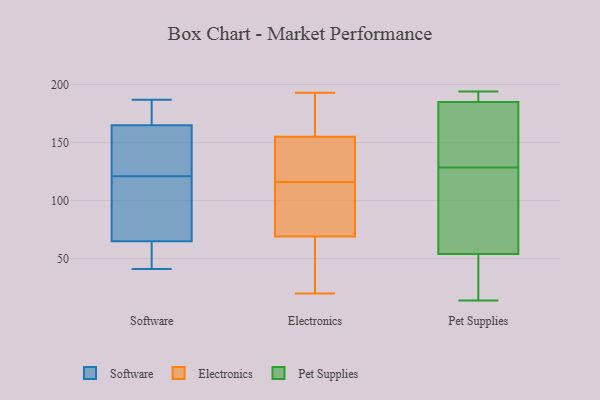
{"axis": {"x": "Satisfaction Score", "y": "Value"}, "legend": ["Electronics", "Pet Supplies", "Software"], "data": [{"x": "", "y": 175, "type": "Software"}, {"x": "", "y": 165, "type": "Software"}, {"x": "", "y": 134, "type": "Software"}, {"x": "", "y": 51, "type": "Software"}, {"x": "", "y": 136, "type": "Software"}, {"x": "", "y": 152, "type": "Software"}, {"x": "", "y": 82, "type": "Software"}, {"x": "", "y": 65, "type": "Software"}, {"x": "", "y": 172, "type": "Software"}, {"x": "", "y": 166, "type": "Software"}, {"x": "", "y": 82, "type": "Software"}, {"x": "", "y": 41, "type": "Software"}, {"x": "", "y": 46, "type": "Software"}, {"x": "", "y": 100, "type": "Software"}, {"x": "", "y": 187, "type": "Software"}, {"x": "", "y": 108, "type": "Software"}, {"x": "", "y": 163, "type": "Software"}, {"x": "", "y": 53, "type": "Software"}, {"x": "", "y": 182, "type": "Electronics"}, {"x": "", "y": 56, "type": "Electronics"}, {"x": "", "y": 74, "type": "Electronics"}, {"x": "", "y": 100, "type": "Electronics"}, {"x": "", "y": 116, "type": "Electronics"}, {"x": "", "y": 133, "type": "Electronics"}, {"x": "", "y": 193, "type": "Electronics"}, {"x": "", "y": 69, "type": "Electronics"}, {"x": "", "y": 92, "type": "Electronics"}, {"x": "", "y": 37, "type": "Electronics"}, {"x": "", "y": 155, "type": "Electronics"}, {"x": "", "y": 69, "type": "Electronics"}, {"x": "", "y": 158, "type": "Electronics"}, {"x": "", "y": 20, "type": "Electronics"}, {"x": "", "y": 119, "type": "Electronics"}, {"x": "", "y": 134, "type": "Electronics"}, {"x": "", "y": 155, "type": "Electronics"}, {"x": "", "y": 152, "type": "Pet Supplies"}, {"x": "", "y": 187, "type": "Pet Supplies"}, {"x": "", "y": 45, "type": "Pet Supplies"}, {"x": "", "y": 160, "type": "Pet Supplies"}, {"x": "", "y": 149, "type": "Pet Supplies"}, {"x": "", "y": 165, "type": "Pet Supplies"}, {"x": "", "y": 108, "type": "Pet Supplies"}, {"x": "", "y": 14, "type": "Pet Supplies"}, {"x": "", "y": 85, "type": "Pet Supplies"}, {"x": "", "y": 185, "type": "Pet Supplies"}, {"x": "", "y": 194, "type": "Pet Supplies"}, {"x": "", "y": 54, "type": "Pet Supplies"}, {"x": "", "y": 187, "type": "Pet Supplies"}, {"x": "", "y": 30, "type": "Pet Supplies"}, {"x": "", "y": 92, "type": "Pet Supplies"}, {"x": "", "y": 35, "type": "Pet Supplies"}, {"x": "", "y": 87, "type": "Pet Supplies"}, {"x": "", "y": 192, "type": "Pet Supplies"}]}